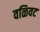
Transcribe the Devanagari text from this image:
वळिवट